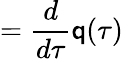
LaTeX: =\frac{d}{d\tau}{\textbf{\textsf{q}}}(\tau)